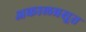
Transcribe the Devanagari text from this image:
अकालप्रसूत